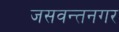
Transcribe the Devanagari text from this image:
जसवन्तनगर